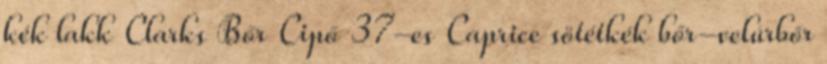
kék lakk Clarks Bőr Cipő 37-es Caprice sötétkék bőr-velúrbőr